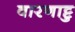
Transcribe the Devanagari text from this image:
वारणाट्टु